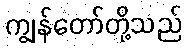
ကျွန်တော်တို့သည်